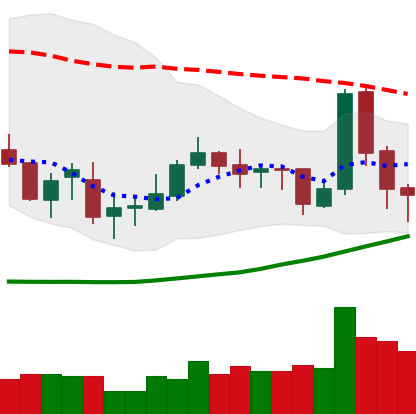
Ticker: TRX-USD
Chart end date: 2019-03-26
Forward return: 3.951%
Label: up_3_5